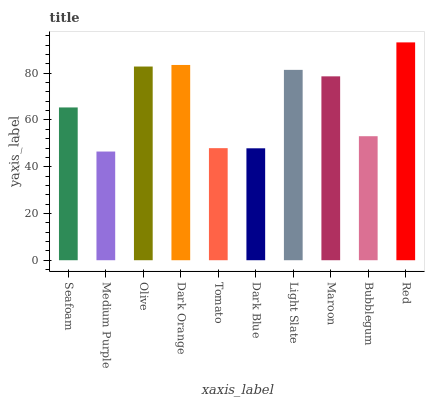
| xaxis_label | bars |
 | --- | --- |
 | Seafoam | 65.3 |
 | Medium Purple | 46.5 |
 | Olive | 82.8 |
 | Dark Orange | 83.5 |
 | Tomato | 47.9 |
 | Dark Blue | 47.9 |
 | Light Slate | 81.4 |
 | Maroon | 78.7 |
 | Bubblegum | 53 |
 | Red | 93.2 |